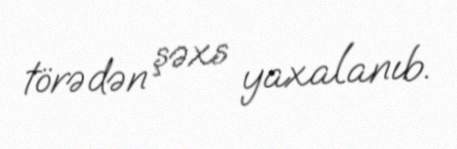
törədən şəxs yaxalanıb.